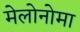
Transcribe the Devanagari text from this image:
मेलोनोमा